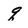
Character: q